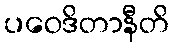
ပဝေဒိတာနီတိ